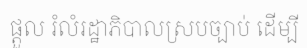
ផ្តួល រំលំរដ្ឋាភិបាលស្របច្បាប់ ដើម្បី